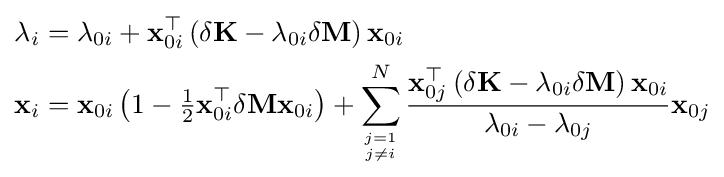
{\begin{aligned}\lambda _{i}&=\lambda _{0i}+\mathbf {x} _{0i}^{\top }\left(\delta \mathbf {K} -\lambda _{0i}\delta \mathbf {M} \right)\mathbf {x} _{0i}\\\mathbf {x} _{i}&=\mathbf {x} _{0i}\left(1-{\tfrac {1}{2}}\mathbf {x} _{0i}^{\top }\delta \mathbf {M} \mathbf {x} _{0i}\right)+\sum _{j=1 \atop j\neq i}^{N}{\frac {\mathbf {x} _{0j}^{\top }\left(\delta \mathbf {K} -\lambda _{0i}\delta \mathbf {M} \right)\mathbf {x} _{0i}}{\lambda _{0i}-\lambda _{0j}}}\mathbf {x} _{0j}\end{aligned}}